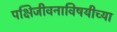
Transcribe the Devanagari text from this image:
पक्षिजीवनाविषयीच्या